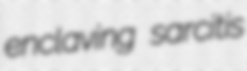
enclaving sarcitis